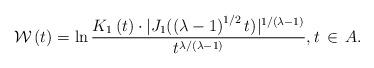
LaTeX: \begin{align*}\mathcal{W} \left( t \right) =\ln \frac{K_1\left( t \right) \cdot |J_1( \left( \lambda -1 \right) ^{1/2}t ) |^{1/\left( \lambda -1 \right)}}{t^{\lambda /\left( \lambda -1 \right)}}, t \,\in \,A.\end{align*}